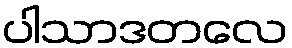
ပါသာဒတလေ